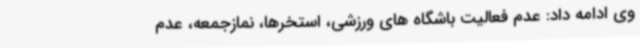
وی ادامه داد: عدم فعالیت باشگاه های ورزشی، استخرها، نمازجمعه، عدم